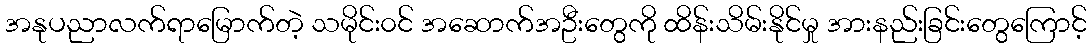
အနုပညာလက်ရာမြောက်တဲ့ သမိုင်း၀င် အဆောက်အဦးတွေကို ထိန်းသိမ်းနိုင်မှု အားနည်းခြင်းတွေကြောင့်